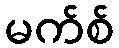
မက်စ်